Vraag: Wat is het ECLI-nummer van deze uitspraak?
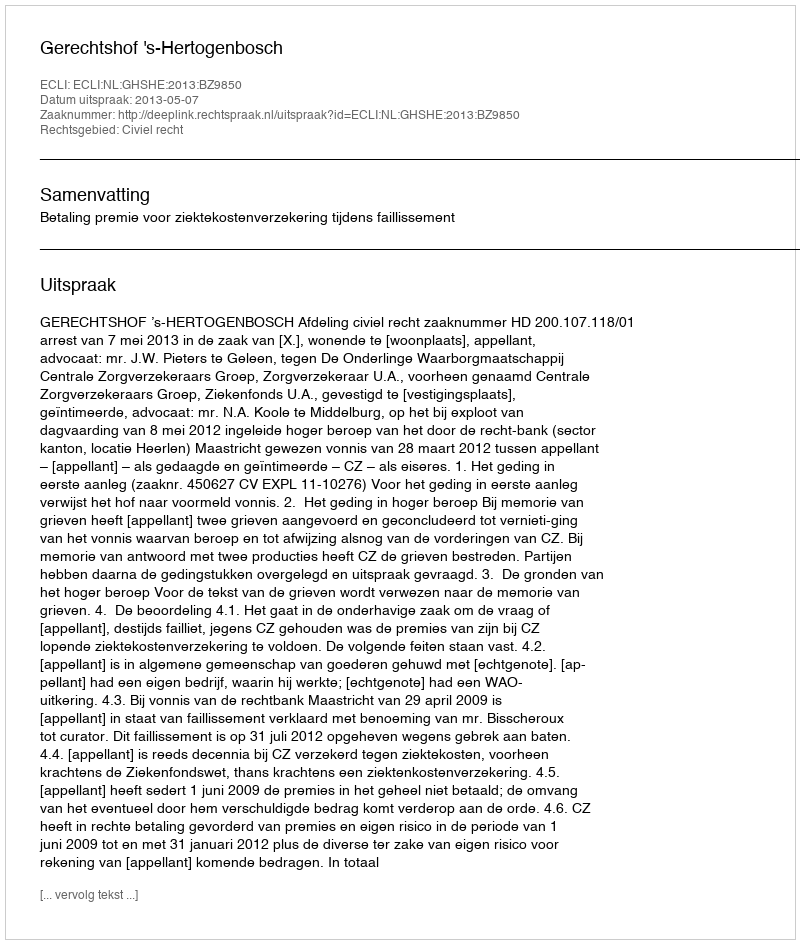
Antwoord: ECLI:NL:GHSHE:2013:BZ9850